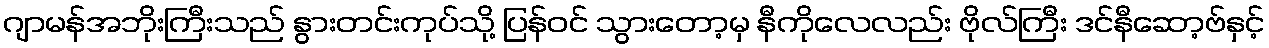
ဂျာမန်အဘိုးကြီးသည် နွားတင်းကုပ်သို့ ပြန်ဝင် သွားတော့မှ နီကိုလေလည်း ဗိုလ်ကြီး ဒင်နီဆော့ဗ်နှင့်